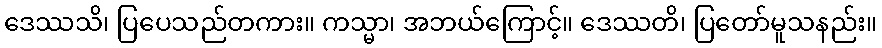
ဒေဿသိ၊ ပြပေသည်တကား။ ကသ္မာ၊ အဘယ်ကြောင့်။ ဒေဿတိ၊ ပြတော်မူသနည်း။